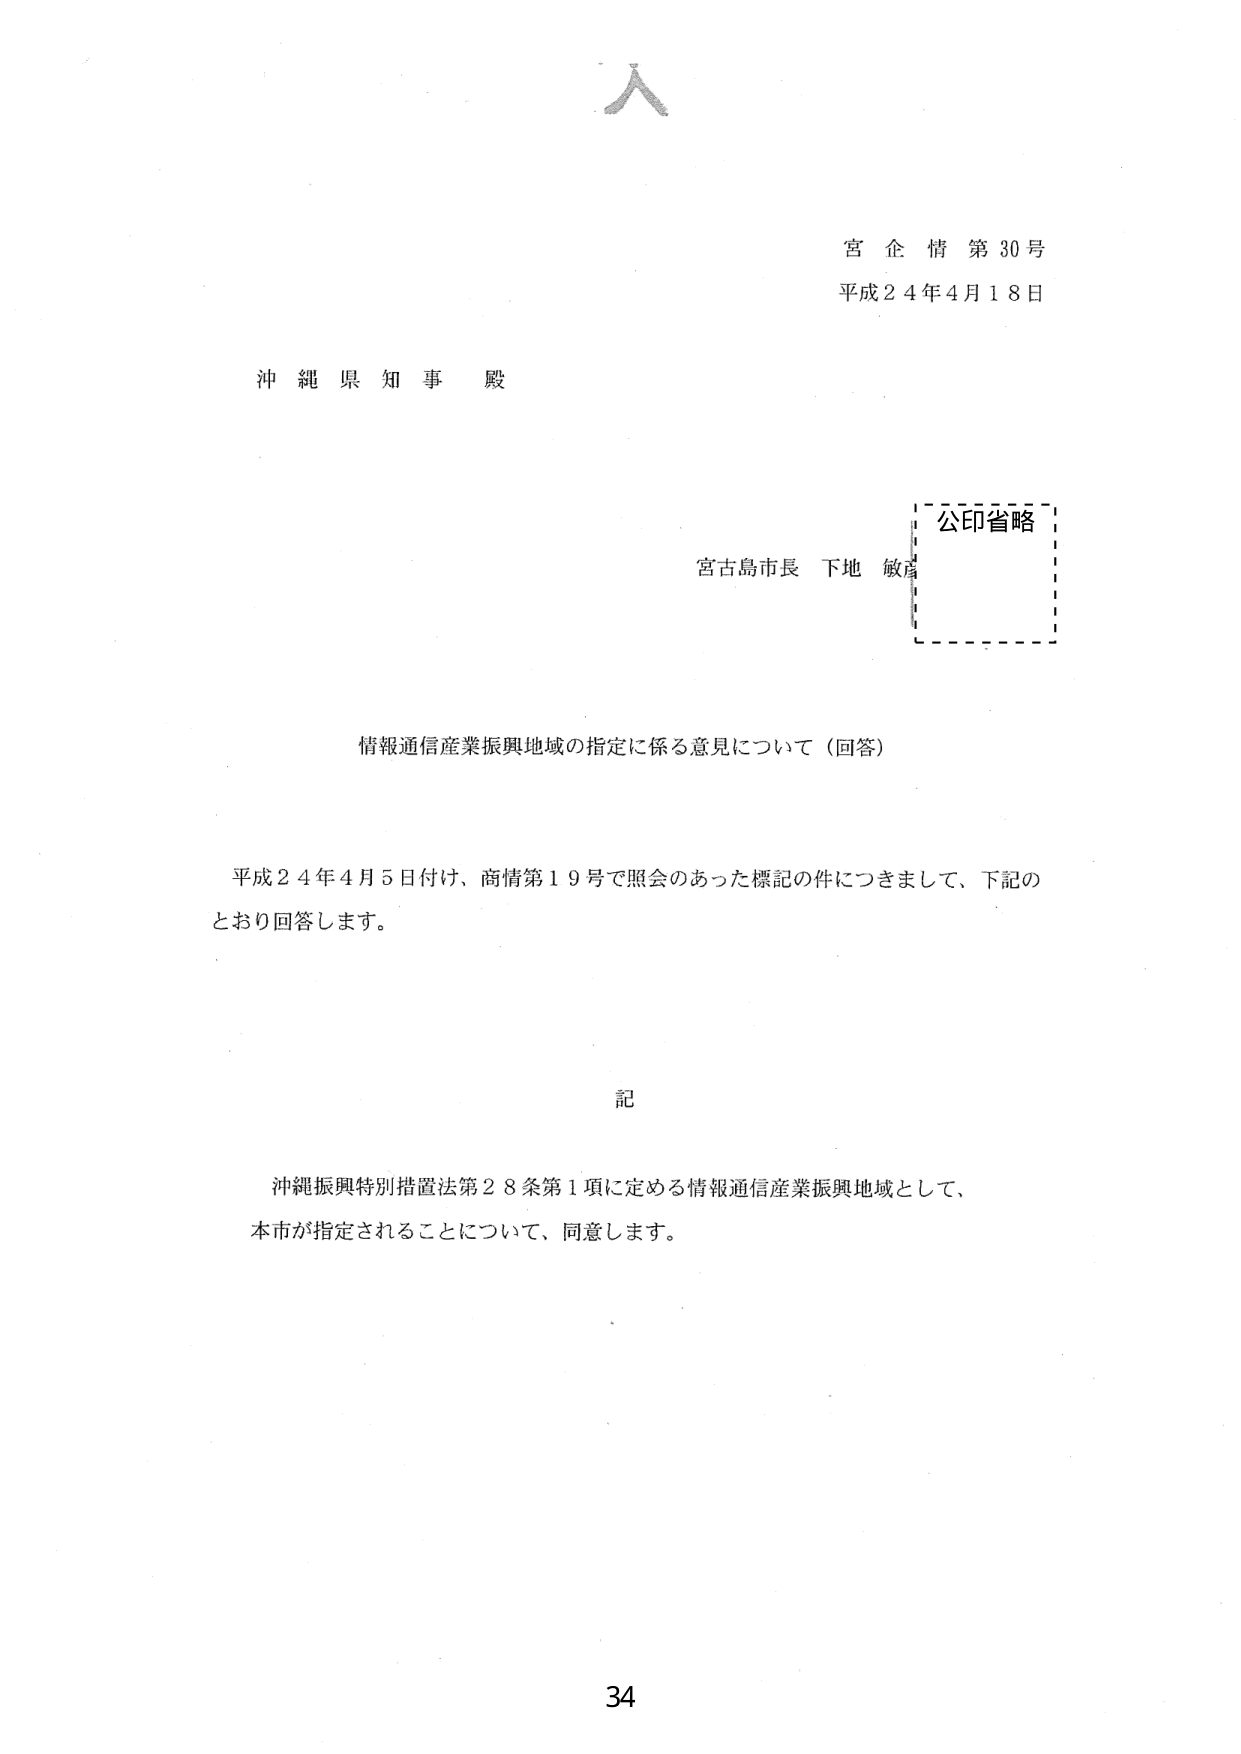
宮 企 情 第 30 号
平成 24 年 4 月 18 日

沖縄県知事 殿

宮古島市長 下地 敏彦
公印省略

情報通信産業振興地域の指定に係る意見について（回答）

平成 24 年 4 月 5 日付け、商情第 19 号で照会のあった標記の件につきまして、下記のとおり回答します。

記

沖縄振興特別措置法第 28 条第 1 項に定める情報通信産業振興地域として、
本市が指定されることについて、同意します。

34